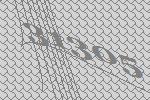
31305